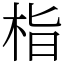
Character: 栺